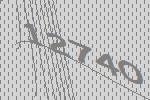
12740